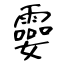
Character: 孁